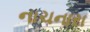
નાચનારા